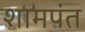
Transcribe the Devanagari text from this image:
शामपंत